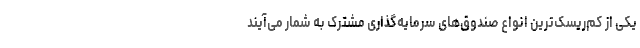
یکی از کم‌ریسک‌ترین انواع صندوق‌های سرمایه‌گذاری مشترک به شمار می‌آیند